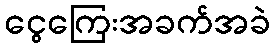
ငွေကြေးအခက်အခဲ